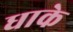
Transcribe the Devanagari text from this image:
धाके